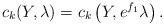
LaTeX: \begin{align*}c_k(Y,\lambda) = c_k\left(Y,e^{f_1}\lambda\right).\end{align*}